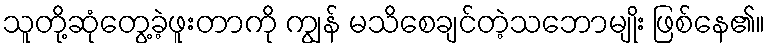
သူတို့ဆုံတွေ့ခဲ့ဖူးတာကို ကျွန် မသိစေချင်တဲ့သဘောမျိုး ဖြစ်နေ၏။